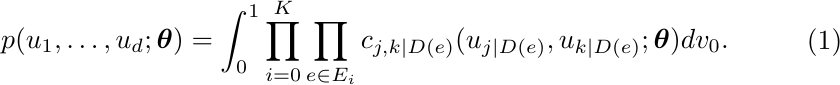
\begin{equation} \label{eq:copden}
\begin{aligned}
p(u_1, \ldots, u_d ; \boldsymbol{\theta}) = \int_{0}^1 \prod_{i = 0}^{K} \prod_{e \in E_i} c_{j, k | D(e)} ( u_{j | D(e)} ,u_{k | D(e)} ; \boldsymbol{\theta}) dv_0.
\end{aligned}
\end{equation}